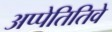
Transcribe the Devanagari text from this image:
अप्पेतितिवे